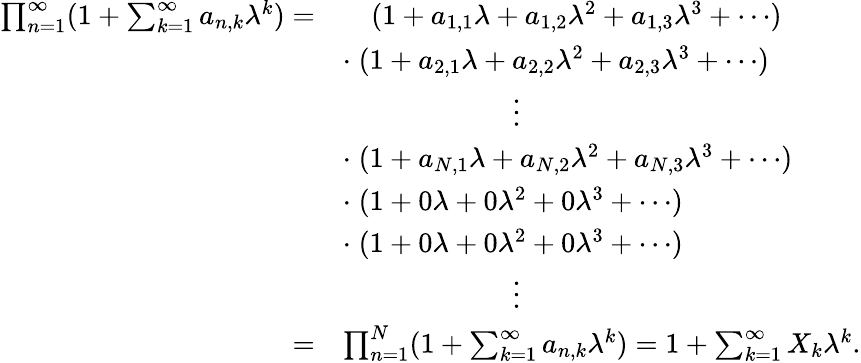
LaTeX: \begin{array}{rl}{\prod_{n=1}^{\infty}(1+\sum_{k=1}^{\infty}a_{n,k}\lambda^{k})=}&{\quad(1+a_{1,1}\lambda+a_{1,2}\lambda^{2}+a_{1,3}\lambda^{3}+\cdots)}\\ &{\cdot\; (1+a_{2,1}\lambda+a_{2,2}\lambda^{2}+a_{2,3}\lambda^{3}+\cdots)}\\ &{\quad\quad\quad\quad\quad\quad\vdots}\\ &{\cdot\; (1+a_{N,1}\lambda+a_{N,2}\lambda^{2}+a_{N,3}\lambda^{3}+\cdots)}\\ &{\cdot\; (1+0\lambda+0\lambda^{2}+0\lambda^{3}+\cdots)}\\ &{\cdot\; (1+0\lambda+0\lambda^{2}+0\lambda^{3}+\cdots)}\\ &{\quad\quad\quad\quad\quad\quad\vdots}\\ {=}&{\prod_{n=1}^{N}(1+\sum_{k=1}^{\infty}a_{n,k}\lambda^{k})=1+\sum_{k=1}^{\infty}X_{k}\lambda^{k}.}\end{array}